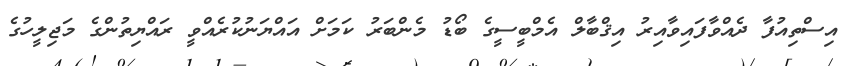
އިސްތިއުފާ ދެއްވާފައިވާއިރު އިޤްބާލް އެމްބީސީގެ ބޯޑު މެންބަރު ކަމަށް އައްޔަނުކުރެއްވީ ރައްޔިތުންގެ މަޖިލީހުގެ